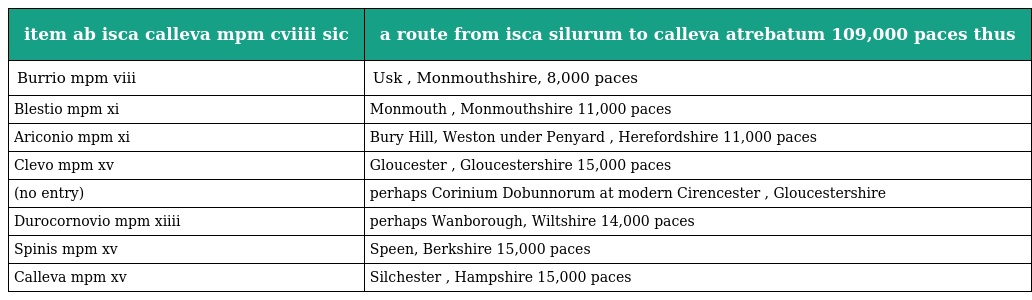
| item ab isca calleva mpm cviiii sic | a route from isca silurum to calleva atrebatum 109,000 paces thus |
 | --- | --- |
 | Burrio mpm viii | Usk , Monmouthshire, 8,000 paces |
 | Blestio mpm xi | Monmouth , Monmouthshire 11,000 paces |
 | Ariconio mpm xi | Bury Hill, Weston under Penyard , Herefordshire 11,000 paces |
 | Clevo mpm xv | Gloucester , Gloucestershire 15,000 paces |
 | (no entry) | perhaps Corinium Dobunnorum at modern Cirencester , Gloucestershire |
 | Durocornovio mpm xiiii | perhaps Wanborough, Wiltshire 14,000 paces |
 | Spinis mpm xv | Speen, Berkshire 15,000 paces |
 | Calleva mpm xv | Silchester , Hampshire 15,000 paces |